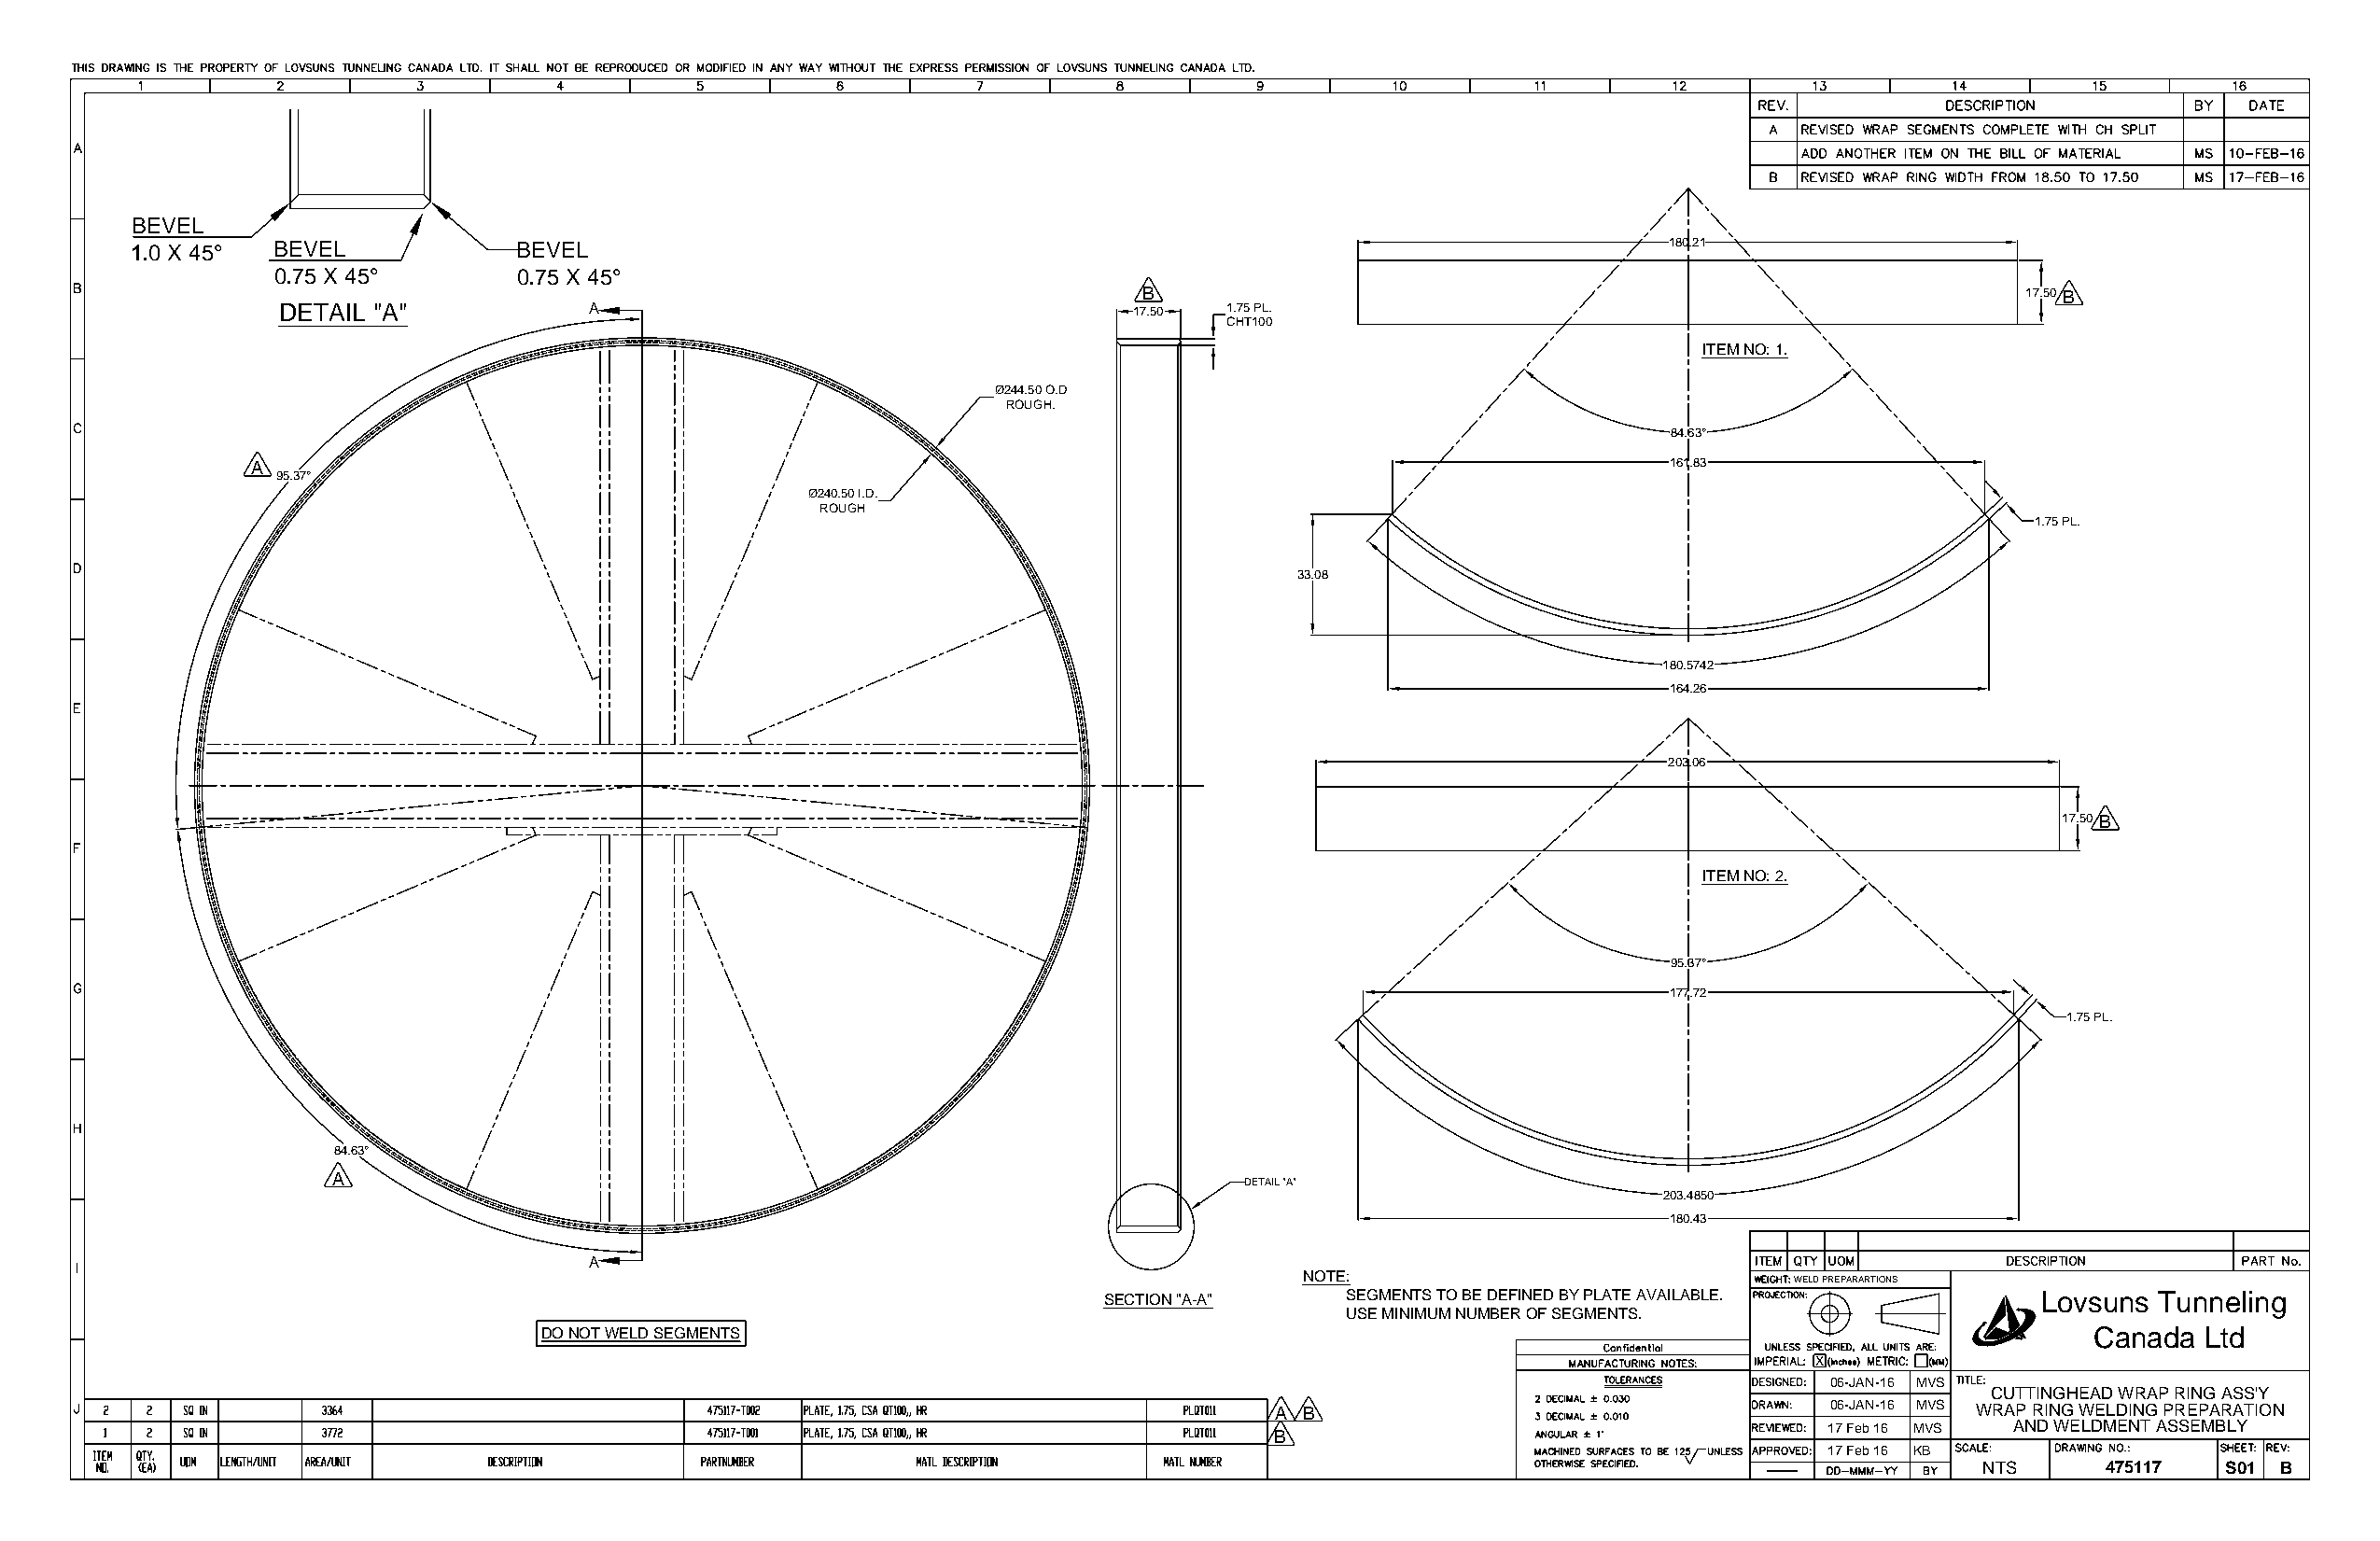
BEVEL
 1.0 X 45° BEVEL             BEVEL                                                                            180.21
 0.75 X 45°        0.75 X 45°
 B                                                              17.50 B
 DETAIL "A"            A                                     17.50  1.75 PL.
 CHT100
 ITEM NO: 1.
 Ø244.50 O.D
 ROUGH.
 84.63°
 A                                                                                                   161.83
 95.37°
 Ø240.50 I.D.
 ROUGH
 1.75 PL.
 33.08
 180.5742
 164.26
 203.06
 17.50 B
 ITEM NO: 2.
 95.37°
 177.72
 1.75 PL.
 84.63°
 A
 DETAIL "A"
 203.4850
 180.43
 A
 NOTE:
 WELD PREPARARTIONS
 SECTION "A-A"     SEGMENTS TO BE DEFINED BY PLATE AVAILABLE.       Lovsuns Tunneling
 USE MINIMUM NUMBER OF SEGMENTS.
 DO NOT WELD SEGMENTS                                                                                          Canada  Ltd
 X
 06-JAN-16 MVS
 CUTTINGHEAD WRAP RING ASS'Y
 A B                                     06-JAN-16 MVS WRAP RING WELDING PREPARATION
 17 Feb 16 MVS AND WELDMENT ASSEMBLY
 B
 17 Feb 16 KB
 NTS     475117   S01 B